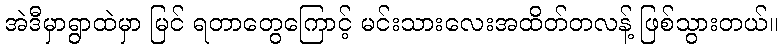
အဲဒီမှာရွာထဲမှာ မြင် ရတာတွေကြောင့် မင်းသားလေးအထိတ်တလန့် ဖြစ်သွားတယ်။